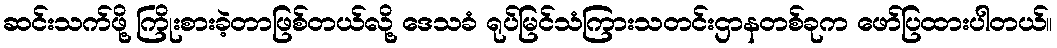
ဆင်းသက်ဖို့ ကြိုးစားခဲ့တာဖြစ်တယ်လို့ ဒေသခံ ရုပ်မြင်သံကြားသတင်းဌာနတစ်ခုက ဖော်ပြထားပါတယ်။